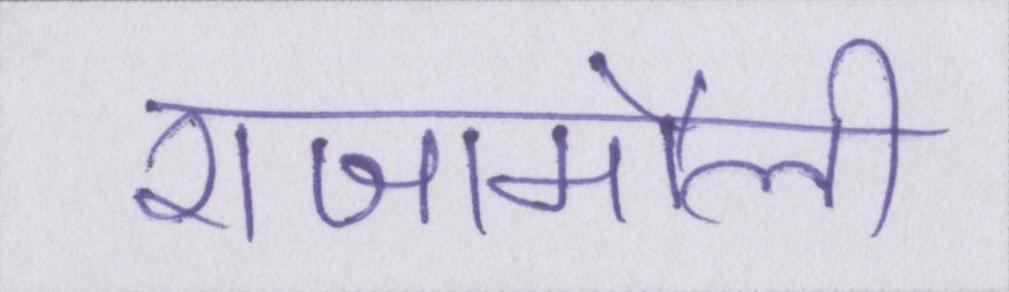
राजामौली